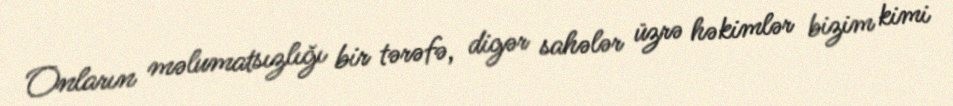
Onların məlumatsızlığı bir tərəfə, digər sahələr üzrə həkimlər bizim kimi